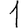
Digit: 1